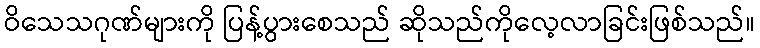
ဝိသေသဂုဏ်များကို ပြန့်ပွားစေသည် ဆိုသည်ကိုလေ့လာခြင်းဖြစ်သည်။